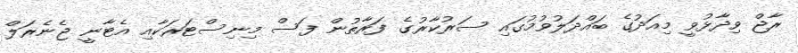
ރާޖް ވިދާޅުވީ މިއަދުގެ ބައްދަލުވުމުގައި ސަރުކާރުގެ ފަރާތުން ފަސް މިނިސްޓަރަކާއި އެޓާނީ ޖެނެރަލް